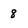
Character: 8